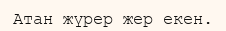
Атан жүрер жер екен.